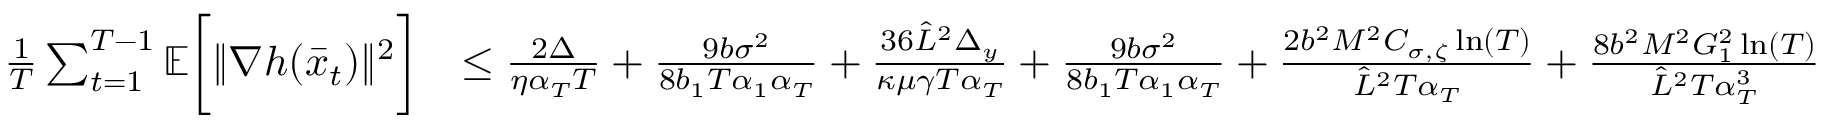
\begin{array} { r l } { \frac { 1 } { T } \sum _ { t = 1 } ^ { T - 1 } \mathbb { E } \bigg [ \| \nabla h ( \bar { x } _ { t } ) \| ^ { 2 } \bigg ] } & { \leq \frac { 2 \Delta } { \eta \alpha _ { T } T } + \frac { 9 b \sigma ^ { 2 } } { 8 b _ { 1 } T \alpha _ { 1 } \alpha _ { T } } + \frac { 3 6 \hat { L } ^ { 2 } \Delta _ { y } } { \kappa \mu \gamma T \alpha _ { T } } + \frac { 9 b \sigma ^ { 2 } } { 8 b _ { 1 } T \alpha _ { 1 } \alpha _ { T } } + \frac { 2 b ^ { 2 } M ^ { 2 } C _ { \sigma , \zeta } \ln ( T ) } { \hat { L } ^ { 2 } T \alpha _ { T } } + \frac { 8 b ^ { 2 } M ^ { 2 } G _ { 1 } ^ { 2 } \ln ( T ) } { \hat { L } ^ { 2 } T \alpha _ { T } ^ { 3 } } } \end{array}